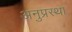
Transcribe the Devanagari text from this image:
अनुप्रस्था